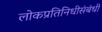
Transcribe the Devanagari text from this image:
लोकप्रतिनिधीसंबंधी